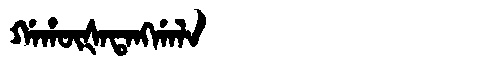
Manchu: ᡤᠠᡥᡡᡧᠠᡨᠠᠩᡤᠠᠯᠠ
Romanization: GAHŪŠATANGGALA